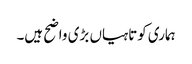
ہماری کوتاہیاں بڑی واضح ہیں۔